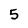
Character: 5